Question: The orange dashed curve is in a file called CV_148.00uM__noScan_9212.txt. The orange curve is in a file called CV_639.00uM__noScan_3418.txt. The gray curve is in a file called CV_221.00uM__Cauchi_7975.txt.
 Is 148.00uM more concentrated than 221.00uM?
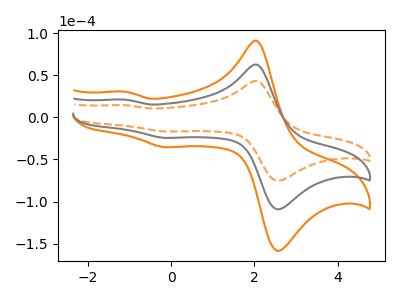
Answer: <think>The orange dashed curve "148.00uM" has anodic peaks at (2.05V, 43.00uA) (-1.10V, 14.45uA) and cathodic peaks at (2.65V, -74.40uA) (-0.15V, -16.80uA). The orange curve "639.00uM" has anodic peaks at (2.05V, 124.90uA) (-1.10V, 41.95uA) and cathodic peaks at (2.65V, -216.00uA) (-0.15V, -48.80uA). The gray curve "221.00uM" has anodic peaks at (2.05V, 62.45uA) (-1.10V, 20.95uA) and cathodic peaks at (2.65V, -108.00uA) (-0.15V, -24.40uA).
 All the peaks in "148.00uM" have a peak in "221.00uM" at the same potential. Every peak in "148.00uM" is lower than every peak in "221.00uM".</think>
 <answer>"148.00uM" has less signal than "221.00uM" and so likely has a lower concentration.</answer>
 <eval>less_concentration</eval>